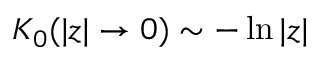
K _ { 0 } ( | z | \rightarrow 0 ) \sim - \ln | z |